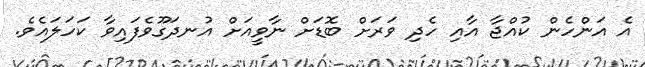
އެ އަންހެން ކުއްޖާ އާއި ހެދި ވަރަށް ބޮޑަށް ނާވީއަށް އުނދަގޫވެފައިވާ ކަހަލައެވެ.